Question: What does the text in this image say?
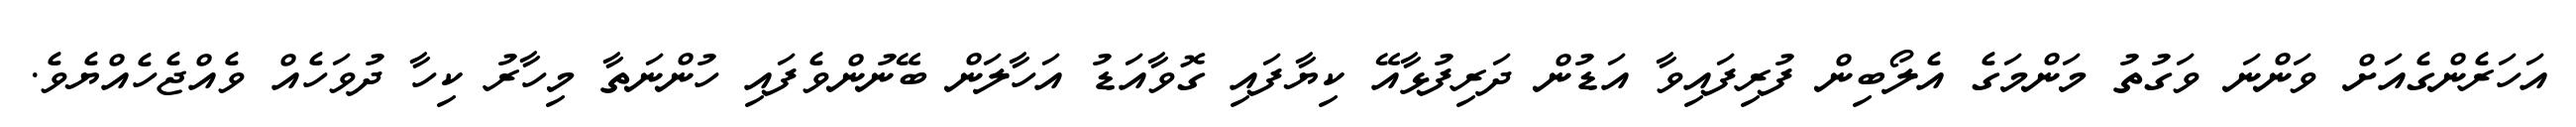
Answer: އަހަރެންގެއަށް ވަންނަ ވަގުތު މަންމަގެ އެލޯބިން ފުރިފައިވާ އަޑުން ދަރިފުޅާއޭ ކިޔާފައި ގޮވާއަޑު އަހާލަން ބޭނުންވެފައި ހުންނަތާ މިހާރު ކިހާ ދުވަހެއް ވެއްޖެހެއްޔެވެ.